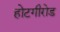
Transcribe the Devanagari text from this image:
होटगीरोड